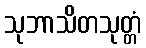
သုဘာသိတသုတ္တံ